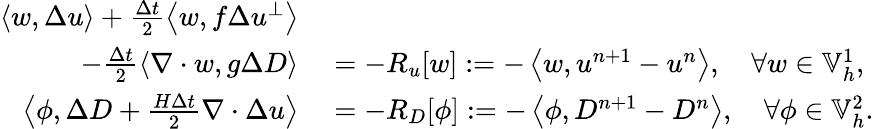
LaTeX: \begin{array}{rl}{\left\langle w,\Delta u\right\rangle+\frac{\Delta t}{2}\left\langle w,f\Delta u^{\perp}\right\rangle}&{{}}\\ {\qquad-\frac{\Delta t}{2}\left\langle\nabla\cdot w,g\Delta D\right\rangle}&{{}=-R_{u}[w]:=-\left\langle w,u^{n+1}-u^{n}\right\rangle,\quad\forall w\in\mathbb{V}_{h}^{1},}\\ {\left\langle\phi,\Delta D+\frac{H\Delta t}{2}\nabla\cdot\Delta u\right\rangle}&{{}=-R_{D}[\phi]:=-\left\langle\phi,D^{n+1}-D^{n}\right\rangle,\quad\forall\phi\in\mathbb{V}_{h}^{2}.}\end{array}